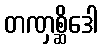
တဏှစ္ဆိဒေါ